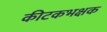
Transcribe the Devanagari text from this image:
कीटकभक्षक